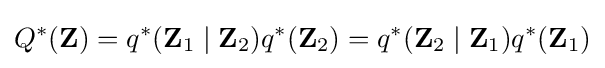
Q^{*}(\mathbf {Z} )=q^{*}(\mathbf {Z} _{1}\mid \mathbf {Z} _{2})q^{*}(\mathbf {Z} _{2})=q^{*}(\mathbf {Z} _{2}\mid \mathbf {Z} _{1})q^{*}(\mathbf {Z} _{1})